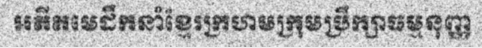
អតីតមេដឹកនាំខ្មែរក្រហមក្រុមប្រឹក្សាធម្មនុញ្ញ